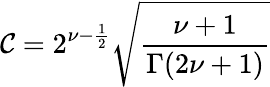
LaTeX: {\cal C}=2^{\nu-\frac{1}{2}}\sqrt{\frac{\nu+1}{\Gamma(2\nu+1)}}